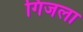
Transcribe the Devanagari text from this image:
गिजला